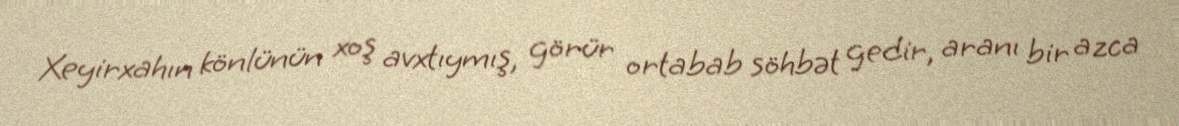
Xeyirxahın könlünün xoş avxtıymış, görür ortabab söhbət gedir, aranı bir azca